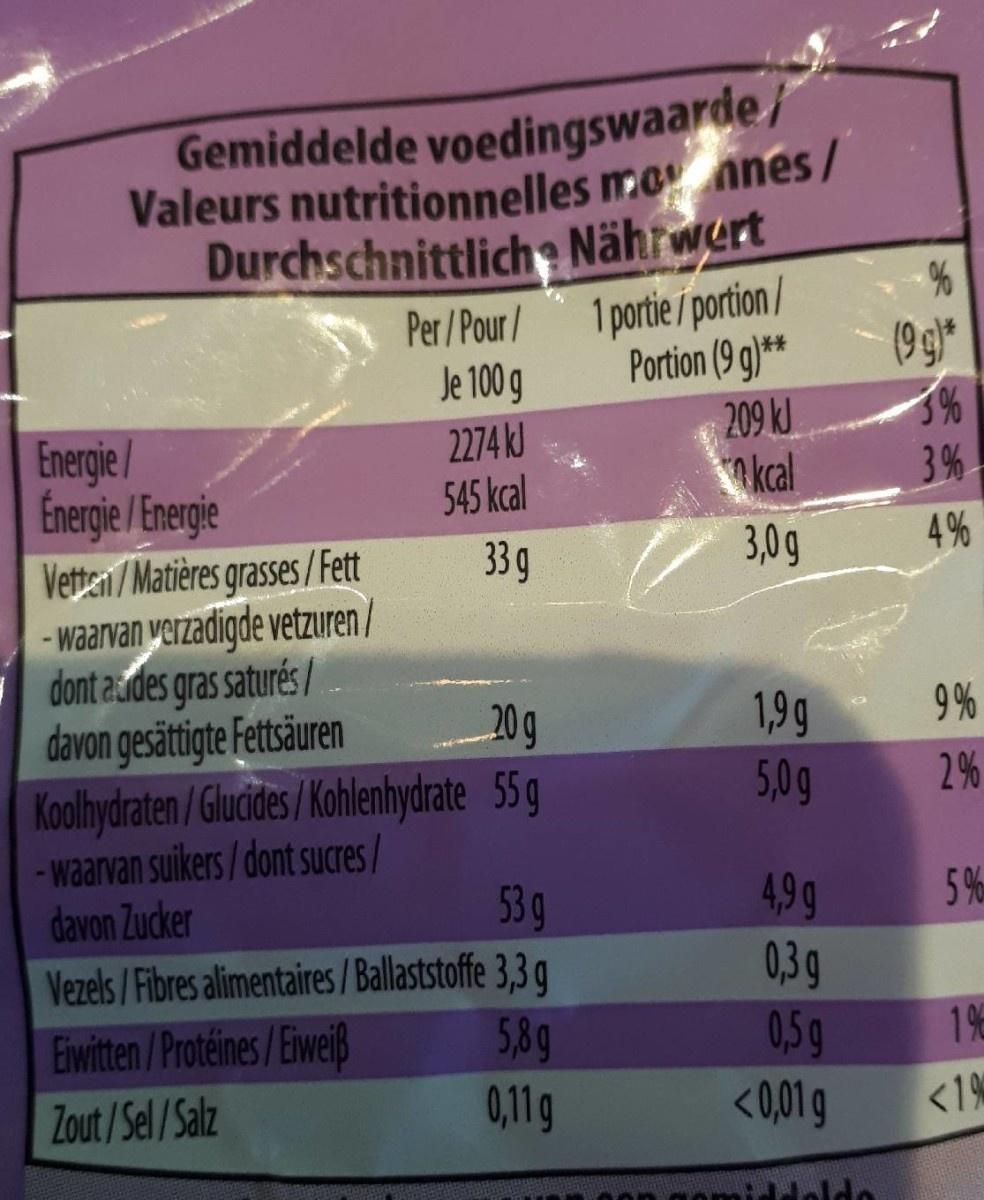
Gemiddelde voedingswaarde/ Valeurs nutritionnelles mo nnes / Durchschnittlich Nährwert 1 portie / portion / Portion (9 g)** 209 kJ kcal
Per/Pour/
(99)*
Je 100 g
2274 kJ 545 kcal
Energie / Energie /Energie Vettei / Matières grasses /Fett -Waarvan verzadigde vetzuren/ dont audes gras saturés/ davon gesättigte Fettsäuren Koolhydraten/Gludides/Kohlenhydrate 55g -waarvan suikers/dont sucres/ davon Zucker
3%
33 g
3,0g
4%
1,9g 5,0g
20g
2%
4,99 0,39 0,5g <0,01g
5%
53g Vezels /Fibres alimentaires/Ballaststoffe 3,3 q 5,8g 0,11g
Ewitten/Protéines/Eiweiß
195
Zout/Sel/Salz
<19%
96
63